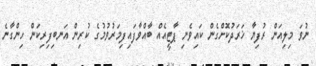
ނުވަ މިލިއަން ރުފިޔާ ޚަރަދުކޮށްގެން ކައިވެނި ޕާޓީއެއް ބާއްވާފައިފިމަރުވުމުގެ ކުރިން އަނބިފިރިކަން ހިންގާނެ